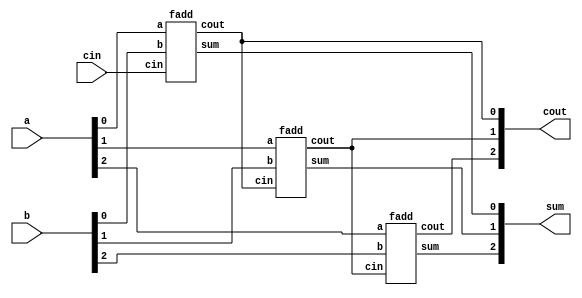
/*
Now that you know how to build a full adder,
make 3 instances of it to create a 3-bit binary ripple-carry adder.
The adder adds two 3-bit numbers and a carry-in to produce a 3-bit sum and carry out.
To encourage you to actually instantiate full adders, also output the carry-out from each
full adder in the ripple-carry adder. cout[2] is the final carry-out from the last full adder,
and is the carry-out you usually see.
*/

module top_module( 
    input [2:0] a, b,
    input cin,
    output [2:0] cout,
    output [2:0] sum );
    
    fadd add0 (a[0], b[0], cin, sum[0], cout[0]);
    fadd add1 (a[1], b[1], cout[0], sum[1], cout[1]);
    fadd add2 (a[2], b[2], cout[1], sum[2], cout[2]);

endmodule

module fadd (input a, input b, input cin, output sum, output cout);
    
    assign {cout, sum} = a + b + cin;
    
endmodule